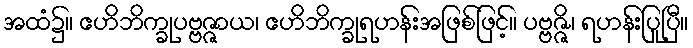
အထံ၌။ ဧဟိဘိက္ခုပဗ္ဗဇ္ဇာယ၊ ဧဟိဘိက္ခုရဟန်းအဖြစ်ဖြင့်။ ပဗ္ဗဇ္ဇိ၊ ရဟန်းပြုပြီ။